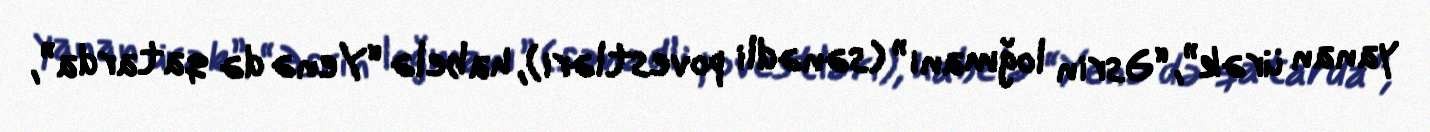
yanan ürək”, “Əsrin loğmanı” (sənədli povestləri), habelə “Yenə də qatarda”,